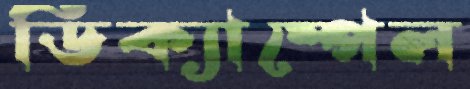
ডিক্যাম্পেল